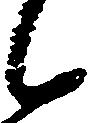
候